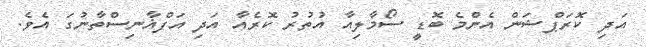
އަދި ކޮރަޕްޝަން އެންމެ ބޮޑީ ސޯމާލިއާ އުތުރު ކޮރެއާ އަދި އަފްޣާނިސްތާނުގަ އެވެ.